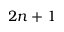
2 n + 1